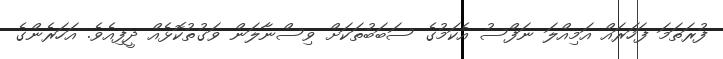
ފުރަތަމަ ފަހަރައް އަމިއްލަ ނަފްސު އެކަމުގެ ސަބަބުތަކަށް ވިސްނާލަން ވަގުތުކޮޅެއް ދީފިއެވެ. އަހަރެންގެ